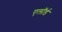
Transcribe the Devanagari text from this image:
एलॉर्ड